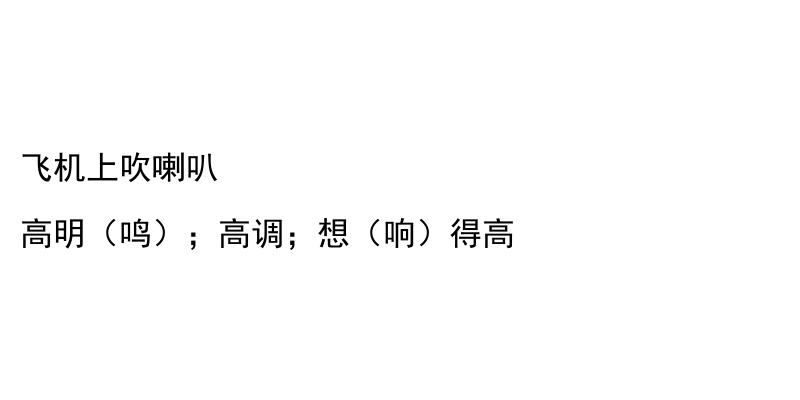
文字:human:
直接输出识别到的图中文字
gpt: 飞机上吹喇叭 高明（鸣）；高调；想（响）得高